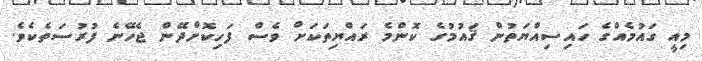
މިއީ ގައުމެއްގެ ހައިސިއްޔަތުން ޤައުމުގެ ކޮންމެ ރައްޔިތަކަށް ވެސް ފަހިކޮށްދޭން ޖެހޭނެ ފުރުސަތެކެވެ.